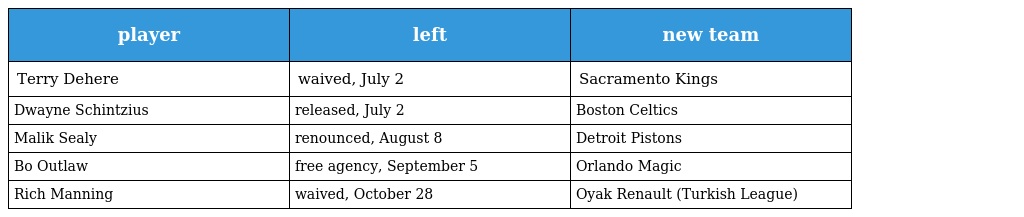
| player | left | new team |
 | --- | --- | --- |
 | Terry Dehere | waived, July 2 | Sacramento Kings |
 | Dwayne Schintzius | released, July 2 | Boston Celtics |
 | Malik Sealy | renounced, August 8 | Detroit Pistons |
 | Bo Outlaw | free agency, September 5 | Orlando Magic |
 | Rich Manning | waived, October 28 | Oyak Renault (Turkish League) |